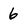
Character: 6